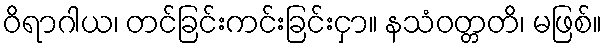
ဝိရာဂါယ၊ တင်ခြင်းကင်းခြင်းငှာ။ နသံဝတ္တတိ၊ မဖြစ်။